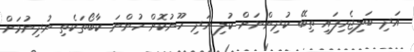
އަދި ބަލިޖެހިފައި ތިބޭ ކުދިންނަށް ކުލި އަދި ހޫނުކޮށް ހުންނަ ކާބޯތަކެތި ނުދިނުމަށް